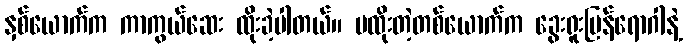
နှစ်ယောက်က ကာကွယ်ဆေး ထိုးခဲ့ပါတယ်။ မထိုးတဲ့တစ်ယောက်က ခွေးရူးပြန်ရောဂါနဲ့